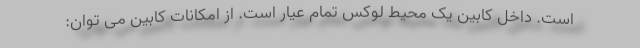
است. داخل کابین یک محیط لوکس تمام عیار است. از امکانات کابین می توان: